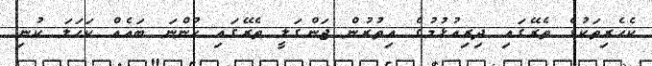
ކެހެރިތަކުގެ ތެރޭގައި ދިރިއުޅުމުގެ އިތުރުން ޖަންގަލީ ތެރޭގައި ހުންނަ ބައެއް ކަހަލަ ކުނި